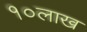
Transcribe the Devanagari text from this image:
१०लाख